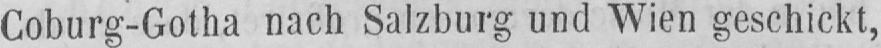
Coburg-Gotha nach Salzburg und Wien geschickt,